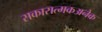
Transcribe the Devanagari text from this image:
सकारात्मकअनेक